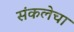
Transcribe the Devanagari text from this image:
संकलेचा